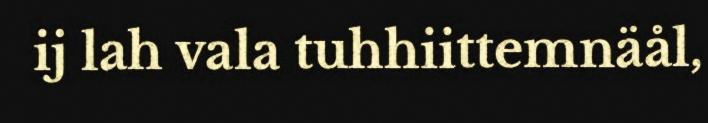
ij lah vala tuhhiittemnäål,